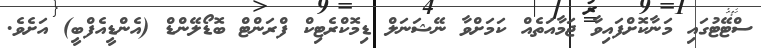
ސްޓޭޓުގައި މަނާކޮށްފައިވާ ޖަމާއަތެއް ކަމަށްވާ ނޭޝަނަލް ޑިމޮކްރެޓިކް ފްރަންޓް ބޮޑޯލޭންޑް (އެންޑީއެފްބީ) އަށެވެ.